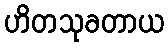
ဟိတသုခတာယ